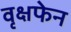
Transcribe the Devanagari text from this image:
वृक्षफेन